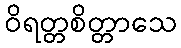
ဝိရတ္တစိတ္တာသေ